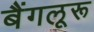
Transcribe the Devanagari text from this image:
बैंगलूरू